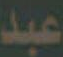
عبد